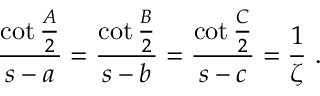
{ \frac { \cot { \frac { A } { 2 } } } { s - a } } = { \frac { \cot { \frac { B } { 2 } } } { s - b } } = { \frac { \cot { \frac { C } { 2 } } } { s - c } } = { \frac { 1 } { \zeta } } ~ .